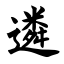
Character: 遴